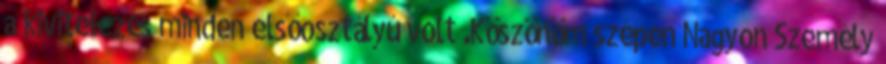
a kivitelezés minden elsőosztályú volt .Köszönöm szépen Nagyon Személy